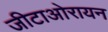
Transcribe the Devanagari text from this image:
जीटाओरायन